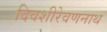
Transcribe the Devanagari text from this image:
दिवशीरेवणनाथ